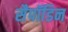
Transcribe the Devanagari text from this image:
सैपॉडिन